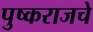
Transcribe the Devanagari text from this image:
पुष्कराजचे